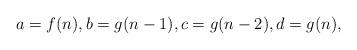
LaTeX: \begin{align*} a=f(n), b=g(n-1), c=g(n-2), d=g(n), \end{align*}